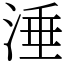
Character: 涶